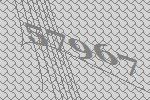
57967